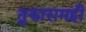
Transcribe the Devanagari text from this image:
तुकारामही